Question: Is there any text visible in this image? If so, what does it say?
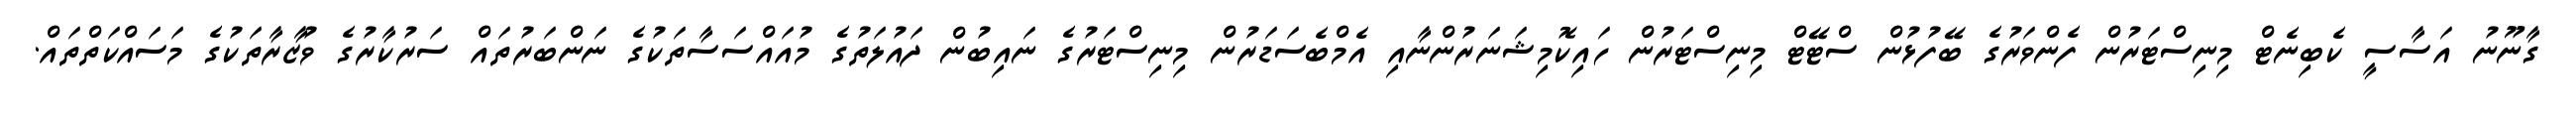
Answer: ގާނޫނު އަސާސީ ކެބިނެޓް މިނިސްޓަރުން ފެންވަރުގެ ބޭފުޅުން ސްޓޭޓް މިނިސްޓަރުން ހައިކޮމިޝަނަރުންނާއި އެމްބެސަޑަރުން މިނިސްޓަރުގެ ނައިބުން ދައުލަތުގެ މުއައްސަސާތަކުގެ ނަންބަރުތައް ސަރުކާރުގެ ވުޒާރާތަކުގެ މަސައްކަތްތައް.